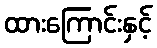
ထားကြောင်းနှင့်